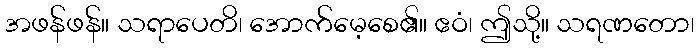
အဖန်ဖန်။ သရာပေတိ၊ အောက်မေ့စေ၏။ ဧဝံ၊ ဤသို့။ သရဏတော၊